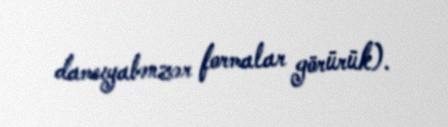
damcıyabənzər formalar görürük).